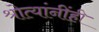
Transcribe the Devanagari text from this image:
श्रोत्यांनींही